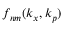
f _ { n m } ( k _ { x } , k _ { p } )